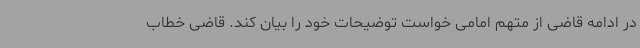
در ادامه قاضی از متهم امامی خواست توضیحات خود را بیان کند. قاضی خطاب